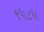
૧૫૮૫